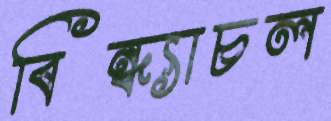
বিন্ধ্যাচল